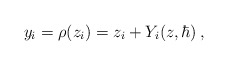
\begin{align*}y_i=\rho (z_i)=z_i+Y_i(z,\hbar)\,,\end{align*}